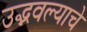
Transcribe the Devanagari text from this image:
उद्भवल्याचे